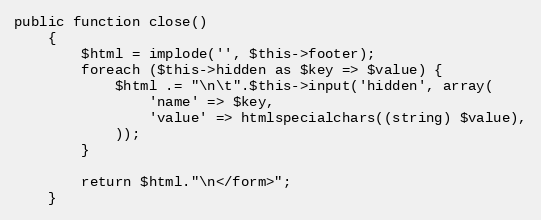
Language: PHP
public function close()
    {
        $html = implode('', $this->footer);
        foreach ($this->hidden as $key => $value) {
            $html .= "\n\t".$this->input('hidden', array(
                'name' => $key,
                'value' => htmlspecialchars((string) $value),
            ));
        }

        return $html."\n</form>";
    }